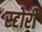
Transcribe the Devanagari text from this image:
स्‍टोरी